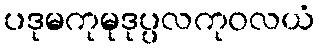
ပဒုမကုမုဒုပ္ပလကုဝလယံ